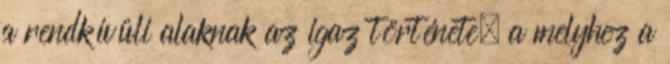
a rendkívüli alaknak az igaz története, a melyhez a